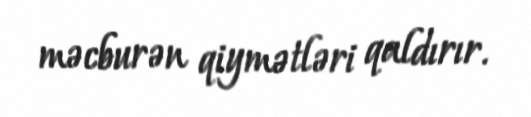
məcburən qiymətləri qaldırır.